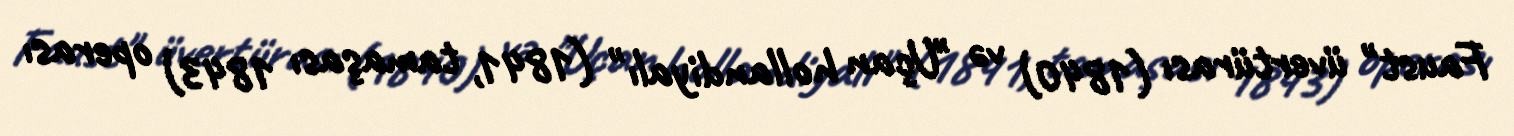
Faust" üvertürası (1840) və "Uçan hollandiyalı" (1841, tamaşası 1843) operası